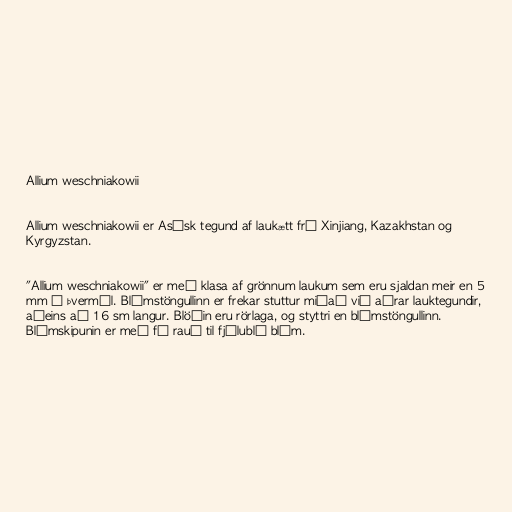
Allium weschniakowii

Allium weschniakowii er Asísk tegund af laukætt frá Xinjiang, Kazakhstan og
Kyrgyzstan.

"Allium weschniakowii" er með klasa af grönnum laukum sem eru sjaldan meir en 5
mm í þvermál. Blómstöngullinn er frekar stuttur miðað við aðrar lauktegundir,
aðeins að 16 sm langur. Blöðin eru rörlaga, og styttri en blómstöngullinn.
Blómskipunin er með fá rauð til fjólublá blóm.